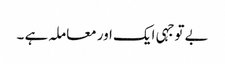
بے توجہی ایک اور معاملہ ہے ۔